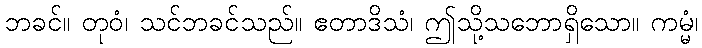
ဘခင်။ တုဝံ၊ သင်ဘခင်သည်။ ဧတာဒိသံ၊ ဤသို့သဘောရှိသော။ ကမ္မံ၊